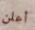
أعلن